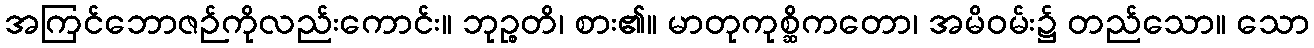
အကြင်ဘောဇဉ်ကိုလည်းကောင်း။ ဘုဉ္စတိ၊ စား၏။ မာတုကုစ္ဆိကတော၊ အမိဝမ်း၌ တည်သော။ သော